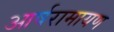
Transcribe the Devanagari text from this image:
आर्षरामायण